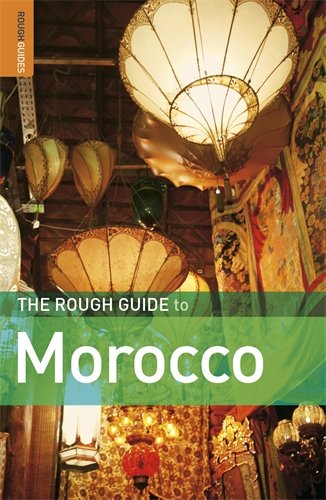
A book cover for The Rough Guide to Morocco 9; Daniel Jacobs; Travel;